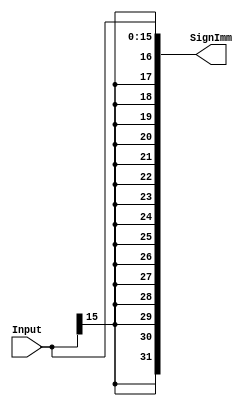
module SignExtend(Input, 
                  SignImm);
  
  input[15:0]       Input;
  output reg [31:0] SignImm;
  
  assign SignImm = { {16{Input[15]}}, Input };
endmodule